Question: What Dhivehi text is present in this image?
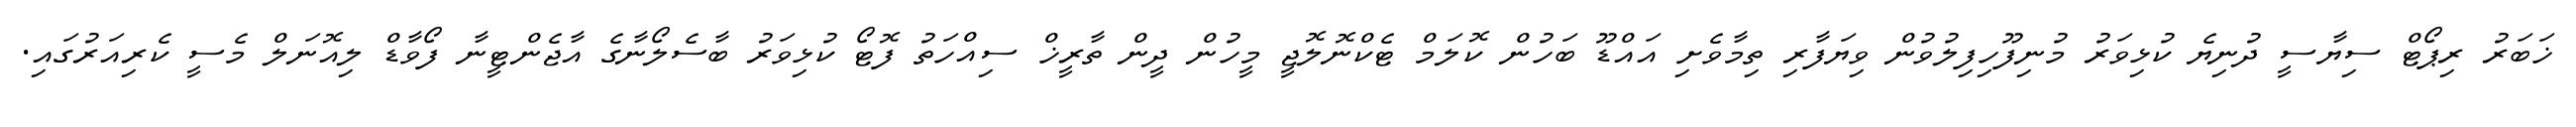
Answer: ޚަބަރު ރިޕޯޓް ސިޔާސީ ދުނިޔެ ކުޅިވަރު މުނިފޫހިފިލުވުން ވިޔަފާރި ތިމާވެށި އައްޑޫ ބަހުން ކޮލަމް ޓެކްނޮލޮޖީ މީހުން ދީން ތާރީޚް ސިއްހަތު ފޮޓޯ ކުޅިވަރު ބާސެލޯނާގެ އާޖެންޓީނާ ފޯވާޑް ލިއޮނަލް މެސީ ކެރިއަރުގައި.